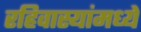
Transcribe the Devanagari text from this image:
रहिवास्यांमध्ये